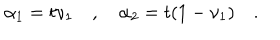
\alpha _ { 1 } = t \nu _ { 1 } \quad , \quad \alpha _ { 2 } = t ( 1 - \nu _ { 1 } ) \quad .